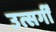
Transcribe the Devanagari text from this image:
उत्सर्गीं